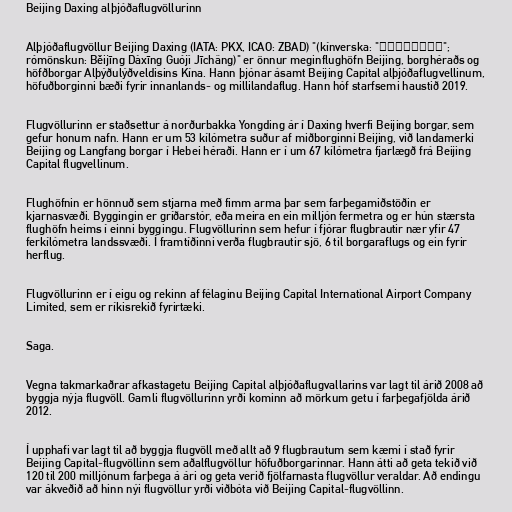
Beijing Daxing alþjóðaflugvöllurinn

Alþjóðaflugvöllur Beijing Daxing (IATA: PKX, ICAO: ZBAD) "(kínverska: "北京大兴国际机场";
rómönskun: Běijīng Dàxīng Guójì Jīchǎng)" er önnur meginflughöfn Beijing, borghéraðs og
höfðborgar Alþýðulýðveldisins Kína. Hann þjónar ásamt Beijing Capital alþjóðaflugvellinum,
höfuðborginni bæði fyrir innanlands- og millilandaflug. Hann hóf starfsemi haustið 2019.

Flugvöllurinn er staðsettur á norðurbakka Yongding ár í Daxing hverfi Beijing borgar, sem
gefur honum nafn. Hann er um 53 kílómetra suður af miðborginni Beijing, við landamerki
Beijing og Langfang borgar í Hebei héraði. Hann er í um 67 kílómetra fjarlægð frá Beijing
Capital flugvellinum.

Flughöfnin er hönnuð sem stjarna með fimm arma þar sem farþegamiðstöðin er
kjarnasvæði. Byggingin er gríðarstór, eða meira en ein milljón fermetra og er hún stærsta
flughöfn heims í einni byggingu. Flugvöllurinn sem hefur í fjórar flugbrautir nær yfir 47
ferkílómetra landssvæði. Í framtíðinni verða flugbrautir sjö, 6 til borgaraflugs og ein fyrir
herflug.

Flugvöllurinn er í eigu og rekinn af félaginu Beijing Capital International Airport Company
Limited, sem er ríkisrekið fyrirtæki.

Saga.

Vegna takmarkaðrar afkastagetu Beijing Capital alþjóðaflugvallarins var lagt til árið 2008 að
byggja nýja flugvöll. Gamli flugvöllurinn yrði kominn að mörkum getu í farþegafjölda árið
2012.

Í upphafi var lagt til að byggja flugvöll með allt að 9 flugbrautum sem kæmi í stað fyrir
Beijing Capital-flugvöllinn sem aðalflugvöllur höfuðborgarinnar. Hann átti að geta tekið við
120 til 200 milljónum farþega á ári og geta verið fjölfarnasta flugvöllur veraldar. Að endingu
var ákveðið að hinn nýi flugvöllur yrði viðbóta við Beijing Capital-flugvöllinn.